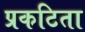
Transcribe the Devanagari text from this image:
प्रकटिता